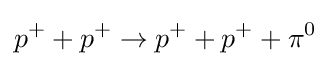
p^{+}+p^{+}\to p^{+}+p^{+}+\pi ^{0}